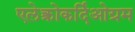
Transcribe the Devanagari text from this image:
एलेक्त्रोकर्दिओग्रम